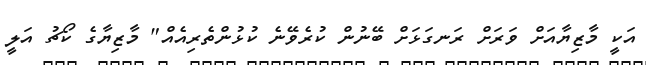
އަކީ މާޒިޔާއަށް ވަރަށް ރަނގަޅަށް ބޭނުން ކުރެވޭނެ ކުޅުންތެރިއެއް" މާޒިޔާގެ ކޯޗު އަލީ